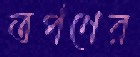
তর্পণের